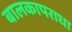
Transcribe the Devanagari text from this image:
बालकापराधा